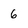
Character: 6